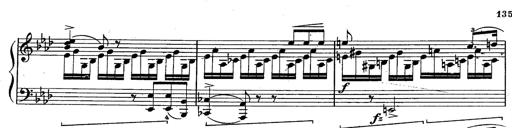
Title: Schubert's Impromptus [revised and edited by Franz Liszt]
Composer: Franz Liszt